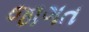
જાગત